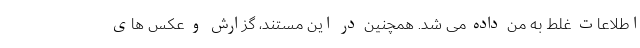
اطلاعات غلط به من داده می شد. همچنین در این مستند، گزارش و عکس های